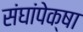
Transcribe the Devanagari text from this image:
संघांपेक्षा